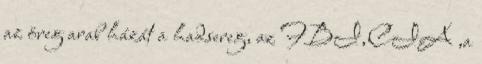
az öreg arab házát a hadsereg, az FBI,CIA ,a